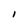
Character: I